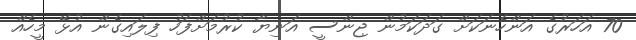
70 އަހަރުގެ އަންހެނަކަށް ގަދަކަމުން ޖިންސީ އަނިޔާ ކުރުމަށްފަހު ފިލައިގެން އުޅޭ މީހެއް